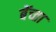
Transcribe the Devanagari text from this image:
बेंच्ता